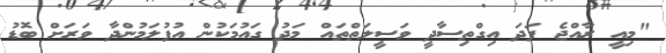
"މިއީ ރާއްޖެ ފަދަ އިގްތިސާދީ ވަސީލަތްތައް މަދު ގައުމަކުން އުފުލަމުންދާ ވަރަށް ބޮޑު